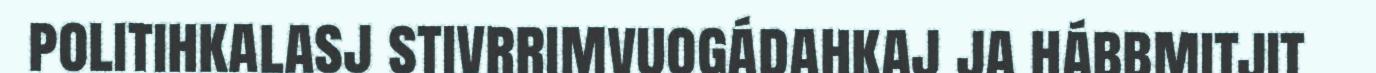
politihkalasj stivrrimvuogádahkaj ja hábbmitjit